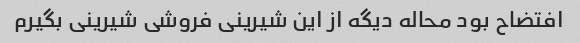
افتضاح بود محاله دیگه از این شیرینی فروشی شیرینی بگیرم